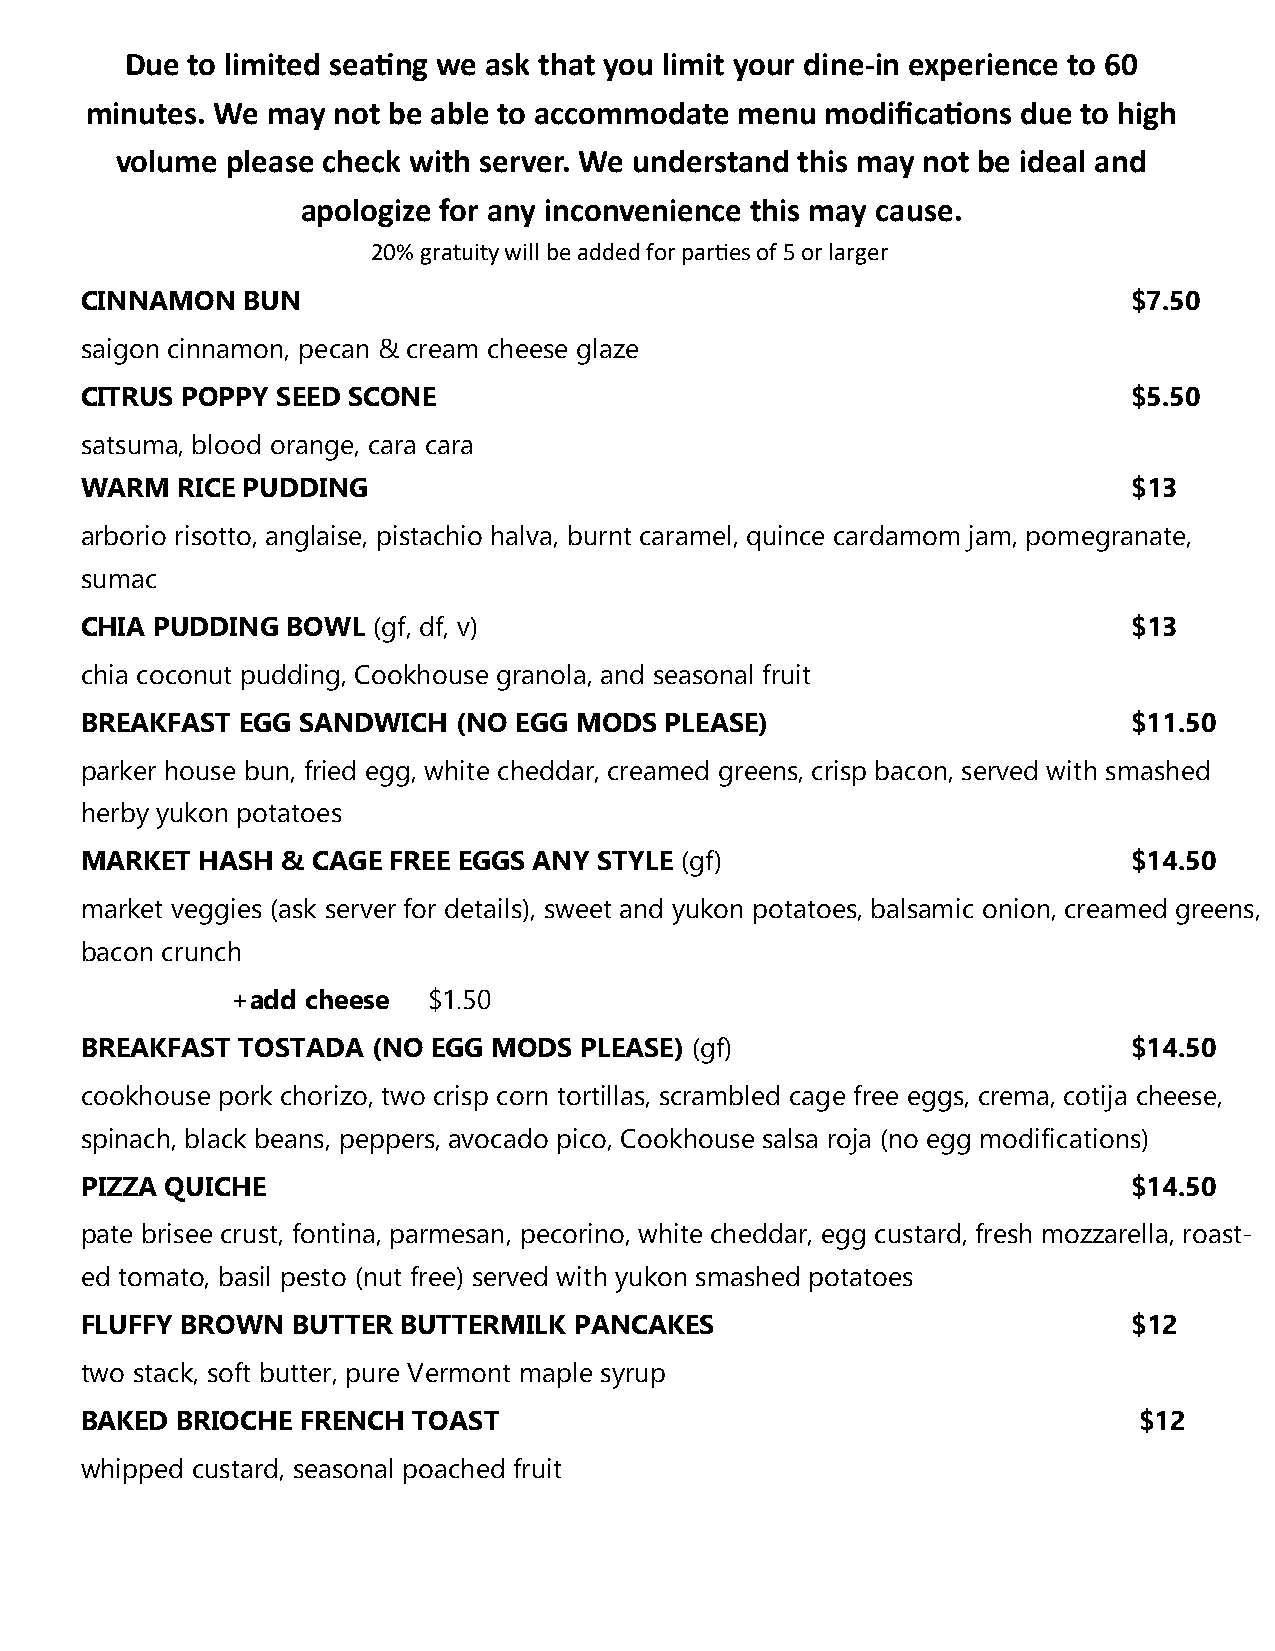
Due to limited seating we ask that you limit your dine-in experience to 60
 minutes. We may not be able to accommodate menu  modifications due to high
 volume please check with server. We understand this may not be ideal and
 apologize for any inconvenience this may cause.
 20% gratuity will be added for parties of 5 or larger
 CINNAMON   BUN                                                        $7.50
 saigon cinnamon, pecan & cream cheese glaze
 CITRUS POPPY SEED SCONE                                               $5.50
 satsuma, blood orange, cara cara
 WARM   RICE PUDDING                                                   $13
 arborio risotto, anglaise, pistachio halva, burnt caramel, quince cardamom jam, pomegranate,
 sumac
 CHIA PUDDING  BOWL  (gf, df, v)                                       $13
 chia coconut pudding, Cookhouse granola, and seasonal fruit
 BREAKFAST  EGG SANDWICH  (NO EGG MODS  PLEASE)                        $11.50
 parker house bun, fried egg, white cheddar, creamed greens, crisp bacon, served with smashed
 herby yukon potatoes
 MARKET  HASH  & CAGE FREE EGGS ANY STYLE (gf)                         $14.50
 market veggies (ask server for details), sweet and yukon potatoes, balsamic onion, creamed greens,
 bacon crunch
 +add cheese  $1.50
 BREAKFAST  TOSTADA  (NO EGG MODS PLEASE) (gf)                         $14.50
 cookhouse pork chorizo, two crisp corn tortillas, scrambled cage free eggs, crema, cotija cheese,
 spinach, black beans, peppers, avocado pico, Cookhouse salsa roja (no egg modifications)
 PIZZA QUICHE                                                          $14.50
 pate brisee crust, fontina, parmesan, pecorino, white cheddar, egg custard, fresh mozzarella, roast-
 ed tomato, basil pesto (nut free) served with yukon smashed potatoes
 FLUFFY BROWN  BUTTER BUTTERMILK  PANCAKES                             $12
 two stack, soft butter, pure Vermont maple syrup
 BAKED  BRIOCHE FRENCH TOAST                                           $12
 whipped custard, seasonal poached fruit